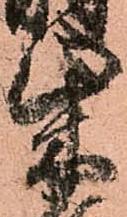
柴